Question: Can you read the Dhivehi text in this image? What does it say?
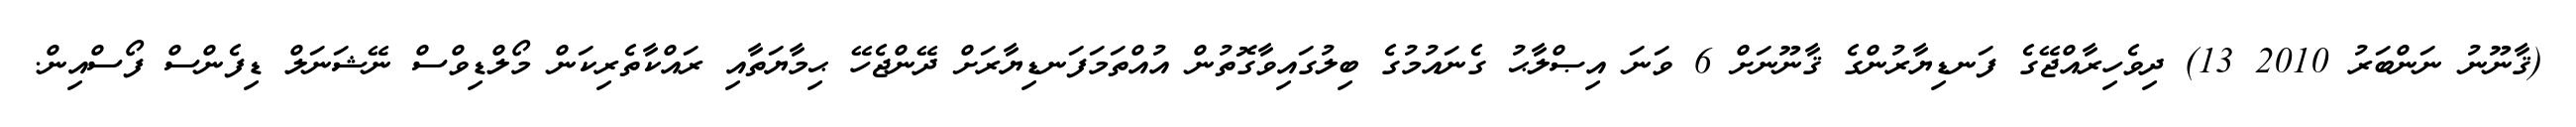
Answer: (ޤާނޫނު ނަންބަރު 2010 13) ދިވެހިރާއްޖޭގެ ފަނޑިޔާރުންގެ ޤާނޫނަށް 6 ވަނަ އިޞްލާޙު ގެނައުމުގެ ބިލުގައިވާގޮތުން އުއްތަމަފަނޑިޔާރަށް ދޭންޖެހޭ ޙިމާޔަތާއި ރައްކާތެރިކަން މޯލްޑިވްސް ނޭޝަނަލް ޑިފެންސް ފޯސްއިން.